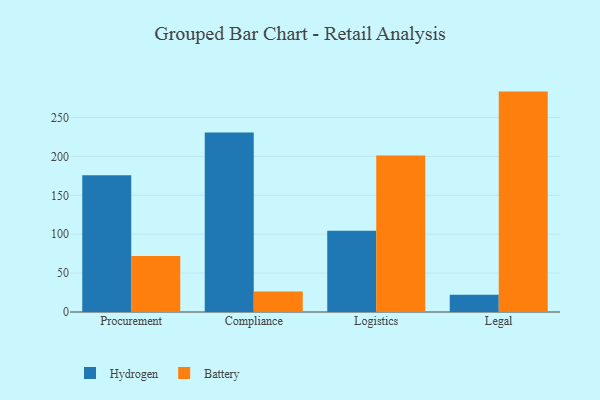
{"axis": {"x": "Department", "y": "Demand Index"}, "legend": ["Battery", "Hydrogen"], "data": [{"x": "Procurement", "y": 175.8, "type": "Hydrogen"}, {"x": "Procurement", "y": 71.9, "type": "Battery"}, {"x": "Compliance", "y": 230.6, "type": "Hydrogen"}, {"x": "Compliance", "y": 26.3, "type": "Battery"}, {"x": "Logistics", "y": 104.5, "type": "Hydrogen"}, {"x": "Logistics", "y": 201.3, "type": "Battery"}, {"x": "Legal", "y": 22.2, "type": "Hydrogen"}, {"x": "Legal", "y": 283.3, "type": "Battery"}]}